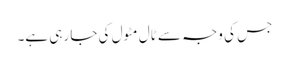
جس کی وجہ سے ٹال مٹول کی جا رہی ہے۔